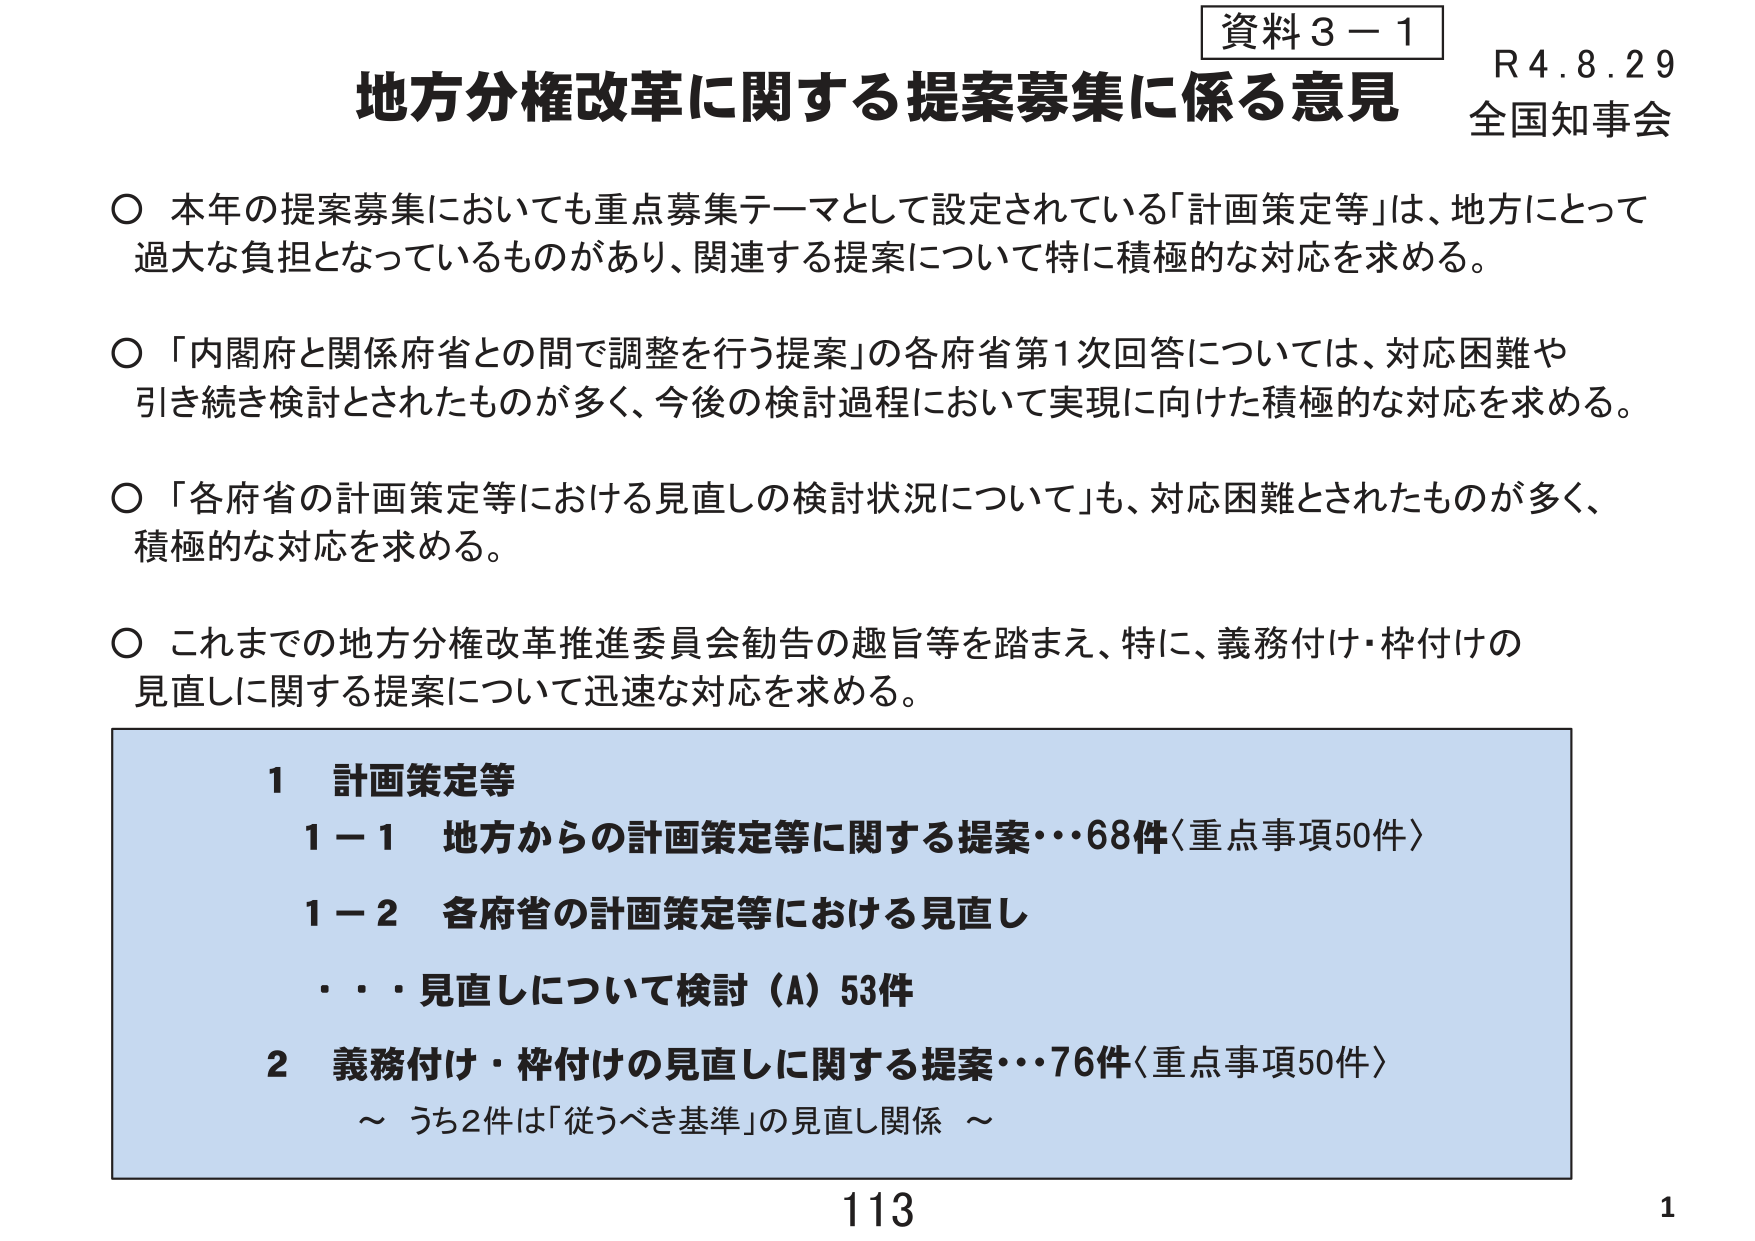
資料３－１
R4.8.29
全国知事会

地方分権改革に関する提案募集に係る意見

○ 本年の提案募集においても重点募集テーマとして設定されている「計画策定等」は、地方にとって過大な負担となっているものがあり、関連する提案について特に積極的な対応を求める。

○ 「内閣府と関係府省との間で調整を行う提案」の各府省第1次回答については、対応困難や引き続き検討とされたものが多く、今後の検討過程において実現に向けた積極的な対応を求める。

○ 「各府省の計画策定等における見直しの検討状況について」も、対応困難とされたものが多く、積極的な対応を求める。

○ これまでの地方分権改革推進委員会勧告の趣旨等を踏まえ、特に、義務付け・枠付けの見直しに関する提案について迅速な対応を求める。

1 計画策定等
　1－1 地方からの計画策定等に関する提案・・・68件〈重点事項50件〉
　1－2 各府省の計画策定等における見直し
　　　・・・見直しについて検討（A）53件
2 義務付け・枠付けの見直しに関する提案・・・76件〈重点事項50件〉
　　～ うち2件は「従うべき基準」の見直し関係 ～

113
1